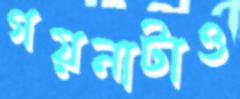
গয়নাটাও